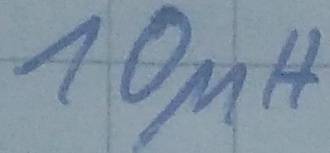
Text: 10µH